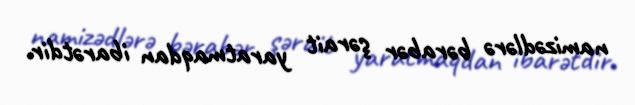
namizədlərə bərabər şərait yaratmaqdan ibarətdir.